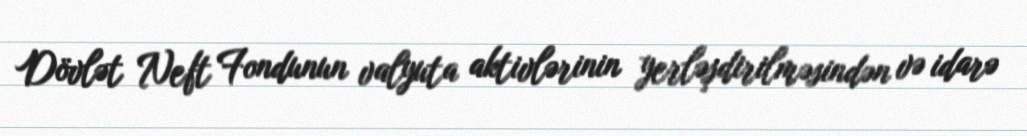
Dövlət Neft Fondunun valyuta aktivlərinin yerləşdirilməsindən və idarə